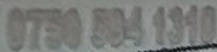
0750 534 1310